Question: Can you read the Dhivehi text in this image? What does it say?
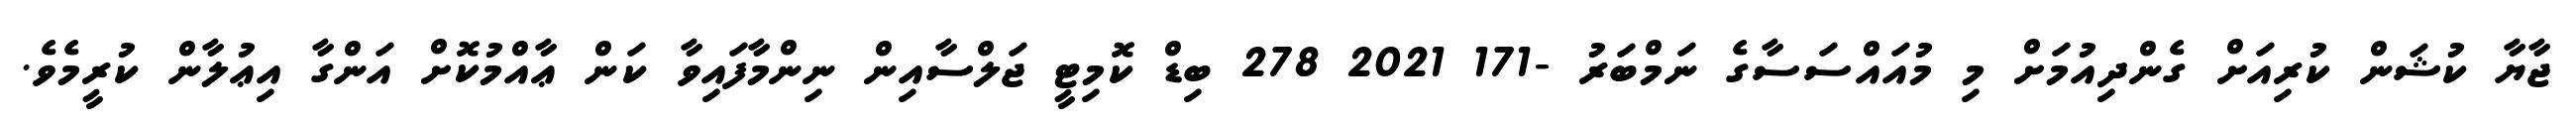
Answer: ޖާޔާ ކުޝަން ކުރިއަށް ގެންދިއުމަށް މި މުއައްސަސާގެ ނަމްބަރު -171 2021 278 ބިޑް ކޮމިޓީ ޖަލްސާއިން ނިންމާފައިވާ ކަން ޢާއްމުކޮށް އަންގާ އިޢުލާން ކުރީމެވެ.